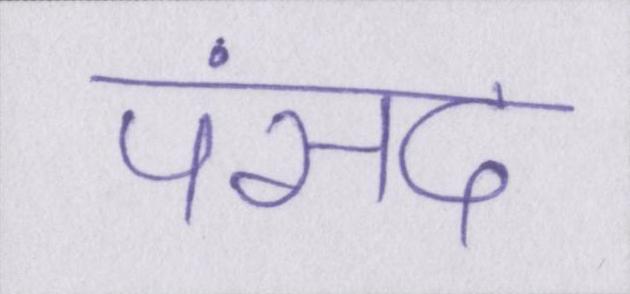
पंसद